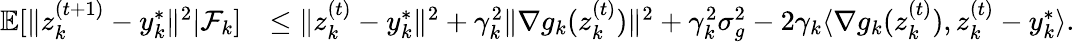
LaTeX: \begin{array}{rl}{\mathbb{E}[\| z_{k}^{(t+1)}-y_{k}^{*}\| ^{2}|\mathcal{F}_{k}]}&{\le\| z_{k}^{(t)}-y_{k}^{*}\| ^{2}+\gamma_{k}^{2}\| \nabla g_{k}(z_{k}^{(t)})\| ^{2}+\gamma_{k}^{2}\sigma_{g}^{2}-2\gamma_{k}\langle\nabla g_{k}(z_{k}^{(t)}),z_{k}^{(t)}-y_{k}^{*}\rangle.}\end{array}